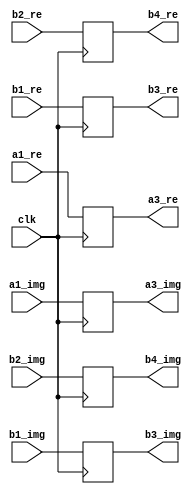
`timescale 1ns / 1ps
//////////////////////////////////////////////////////////////////////////////////
// Company: 
// Engineer: 
// 
// Design Name: 
// Module Name:    buf17 
// Project Name: 
// Target Devices: 
// Tool versions: 
// Description: 
//
// Dependencies: 
//
// Revision: 
// Revision 0.01 - File Created
// Additional Comments: 
//
//////////////////////////////////////////////////////////////////////////////////
module buf17(
    input [31:0] a1_re,
    input [31:0] b1_re,
	 input [31:0] b2_re,
    input [31:0] a1_img,
    input [31:0] b1_img,
	 input [31:0] b2_img,
    output reg [31:0] a3_re,
    output reg [31:0] b3_re,
	 output reg [31:0] b4_re,
    output reg [31:0] a3_img,
    output reg [31:0] b3_img,
	 output reg [31:0] b4_img,
    input clk
    );
always @(posedge clk) begin
a3_re<=a1_re;
a3_img<=a1_img;
b3_re<=b1_re;
b3_img<=b1_img;
b4_re<=b2_re;
b4_img<=b2_img;
end
endmodule